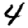
Digit: 4